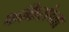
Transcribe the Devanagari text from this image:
फकिरांच्या